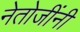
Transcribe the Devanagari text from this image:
नेतोजींनी